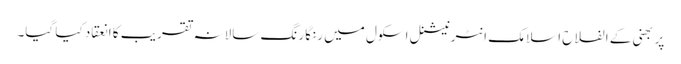
پربھنی کے الفلاح اسلامک انٹرنیشنل اسکول میں رنگا رنگ سالانہ تقریب کا انعقاد کیا گیا۔